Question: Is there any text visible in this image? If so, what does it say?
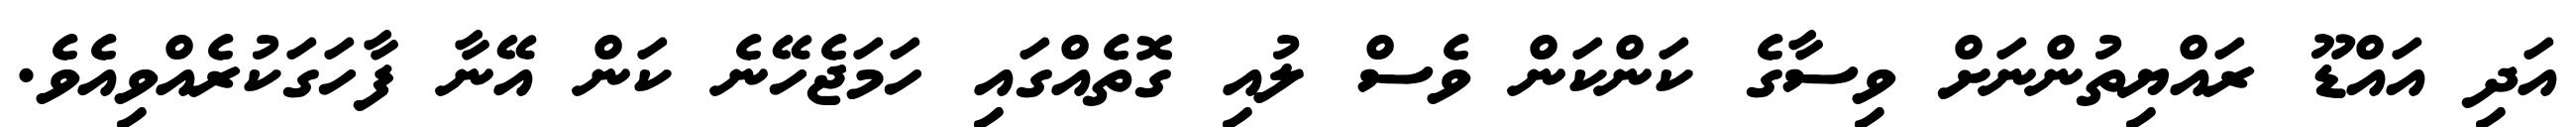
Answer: އަދި އައްޑޫ ރައްޔިތުންނަށް ވިސާގެ ކަންކަން ވެސް ލުއި ގޮތެއްގައި ހަމަޖެހޭނެ ކަން އޭނާ ފާހަގަކުރެއްވިއެވެ.